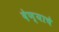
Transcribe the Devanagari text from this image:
देण्‍याचे